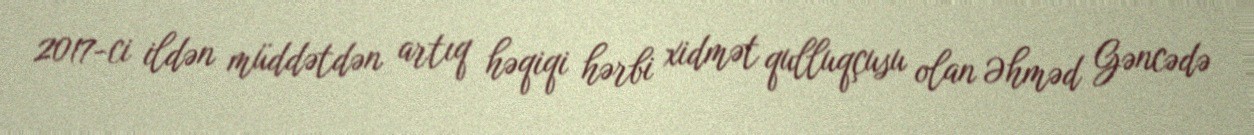
2017-ci ildən müddətdən artıq həqiqi hərbi xidmət qulluqçusu olan Əhməd Gəncədə